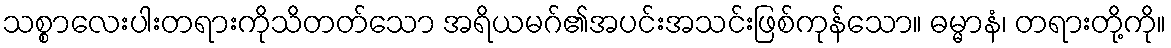
သစ္စာလေးပါးတရားကိုသိတတ်သော အရိယမဂ်၏အပင်းအသင်းဖြစ်ကုန်သော။ ဓမ္မာနံ၊ တရားတို့ကို။